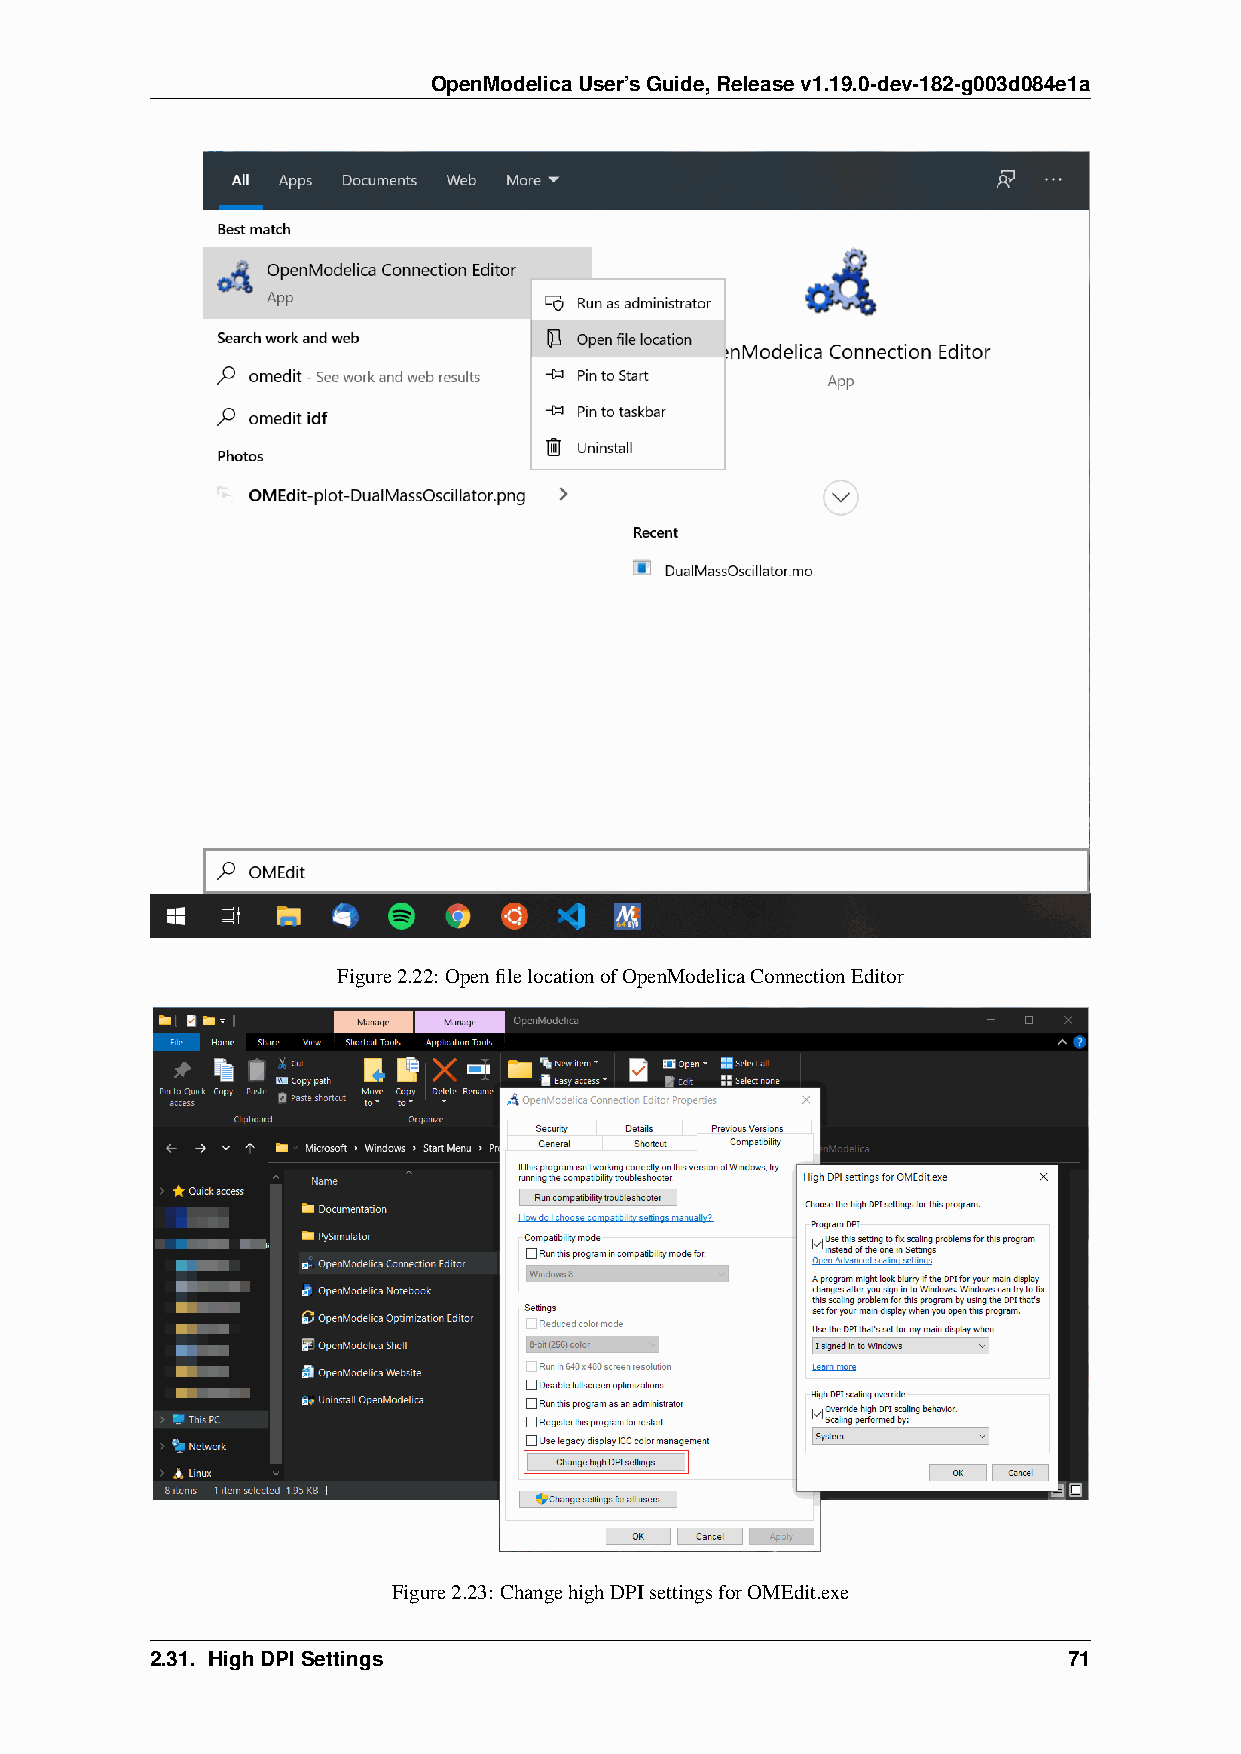
OpenModelicaUser’sGuide,Releasev1.19.0-dev-182-g003d084e1a
 Figure2.22: OpenfilelocationofOpenModelicaConnectionEditor
 Figure2.23: ChangehighDPIsettingsforOMEdit.exe
 2.31. HighDPISettings                                        71